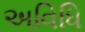
અવિધિ